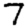
Digit: 7